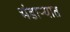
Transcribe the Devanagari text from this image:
भंडार्‍यात